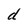
Character: d